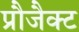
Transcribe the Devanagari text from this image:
प्रौजैक्ट